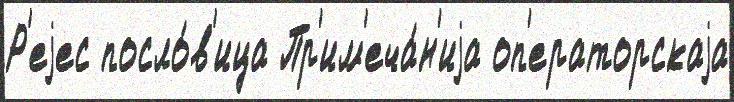
Р'еjес посло́в'ица Пр'им'еча́н'иjа оп'ераторскаjа